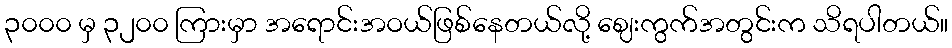
၃၀၀၀ မှ ၃၂၀၀ ကြားမှာ အရောင်းအဝယ်ဖြစ်နေတယ်လို့ ဈေးကွက်အတွင်းက သိရပါတယ်။